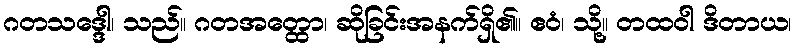
ဂတသဒ္ဒေါ၊ သည်။ ဂတအတ္ထော၊ ဆိုခြင်းအနက်ရှိ၏။ ဧဝံ၊ သို့။ တထဝါ ဒိတာယ၊